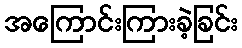
အကြောင်းကြားခဲ့ခြင်း